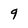
Character: 9